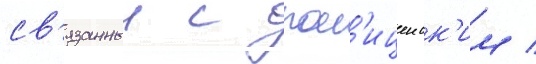
св'язанныи с пол'ицеиск'им /